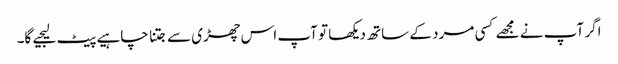
اگر آپ نے مجھے کسی مرد کے ساتھ دیکھا تو آپ اس چھڑی سے جتنا چاہیے پیٹ لیجیے گا۔